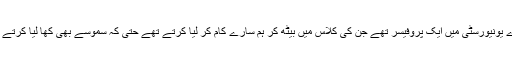
ہمارے یونیورسٹی میں ایک پروفیسر تھے جن کی کلاس میں بیٹھ کر ہم سارے کام کر لیا کرتے تھے حتی کہ سموسے بھی کھا لیا کرتے تھے۔